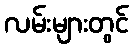
လမ်းများတွင်